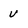
Character: U